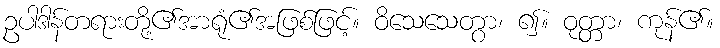
ဥပါဒါန်တရားတို့၏အာရုံ၏အဖြစ်ဖြင့်။ ဝိသေသေတွာ၊ ၍။ ဝုတ္တာ၊ ကုန်၏။